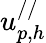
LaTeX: u_{p,h}^{//}